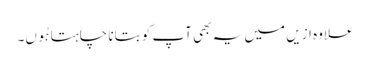
علاوہ ازیں میں یہ بھی آپ کو بتانا چاہتا ہُوں۔